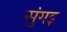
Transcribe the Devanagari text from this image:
सुंगइ